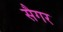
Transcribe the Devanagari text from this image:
सैगर